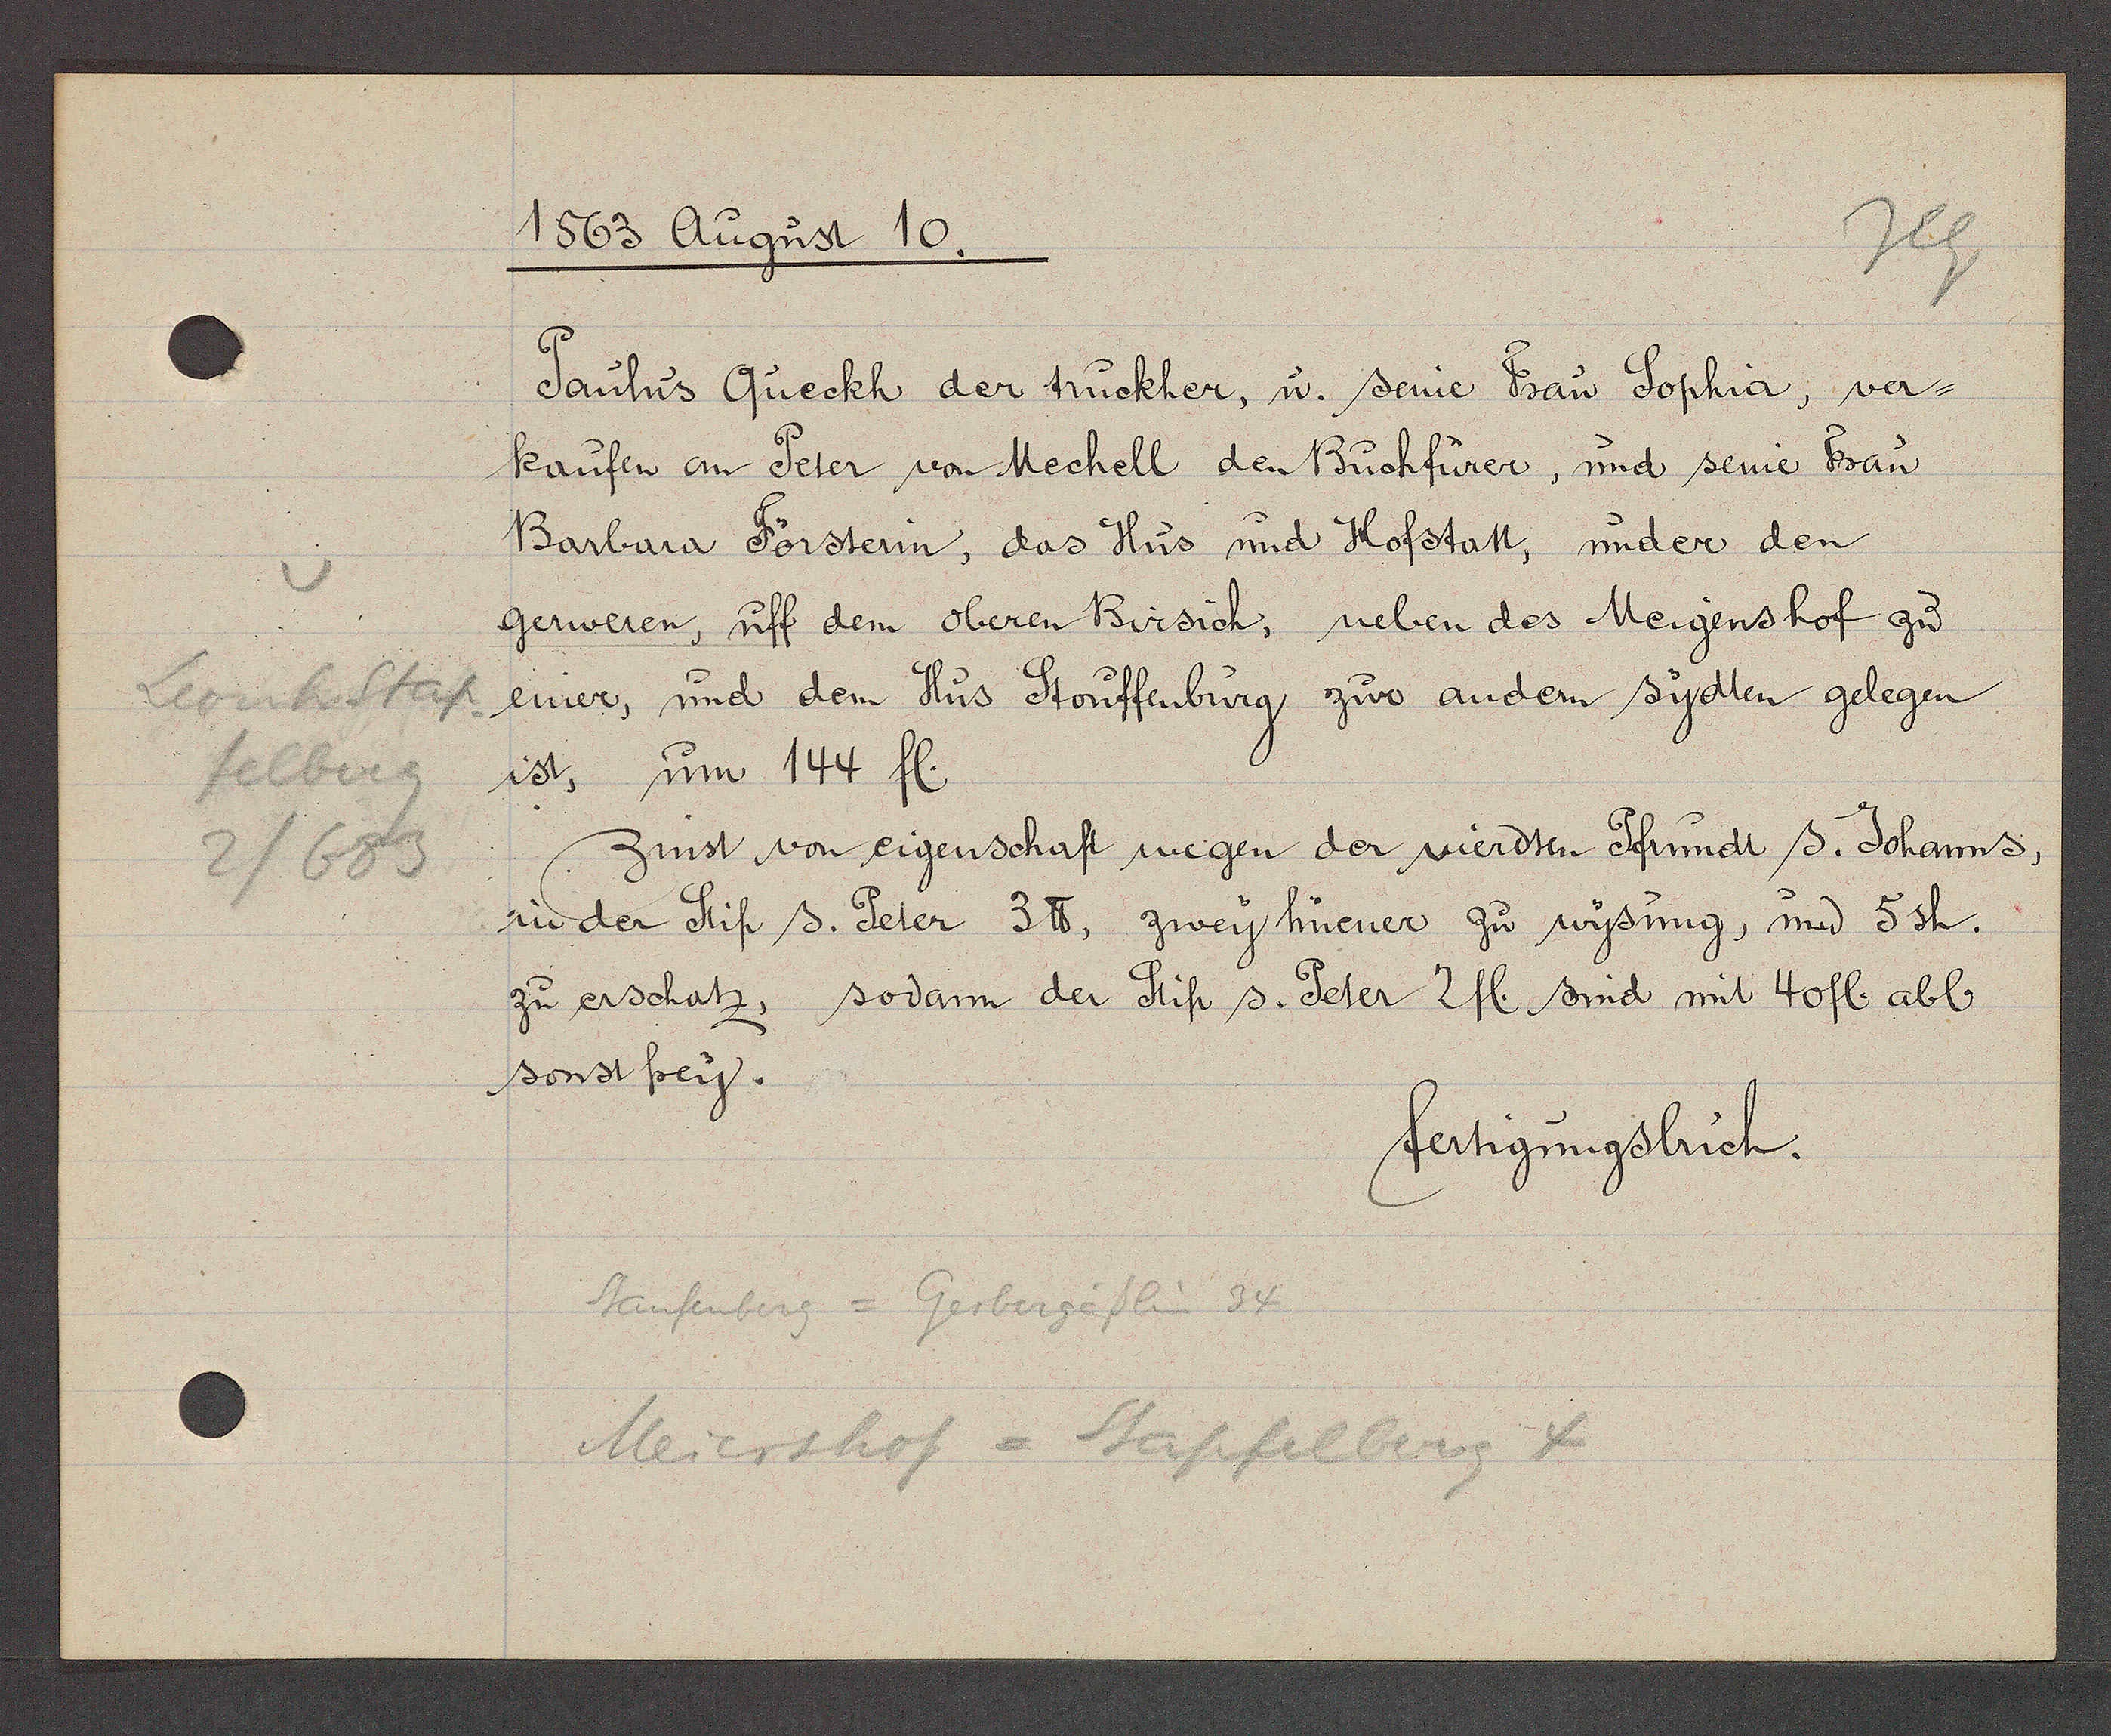
Transcript:
Leonhstap
felberg
2/683

1563 August 10.

Paulus Queckh der truckher, u. seine Frau Sophia, ver¬
kaufen an Peter von Mechell den Buchfürer, und seine Frau
Barbara Försterin, das Hus und Hofstatt, under den
gerweren, uff dem oberen Birsich, neben des Meigenshof zu
einer, und dem Hus Stouffenburg zur andern sydten gelegen
ist, um 144 fl.
zinst von eigenschaft wegen der vierdten Pfrundt S. Johanns,
in der Stif s. Peter 3℔, zwey hüener zu wysung, und 5sh.
zu erschatz, sodann der Stift s. Peter 2 fl. sind mit 40 fl. abl
sonst frey.

Staufenberg = Gerbergäslin 34
Meiershof = Stapfelberg 4

fertigungsbuch.